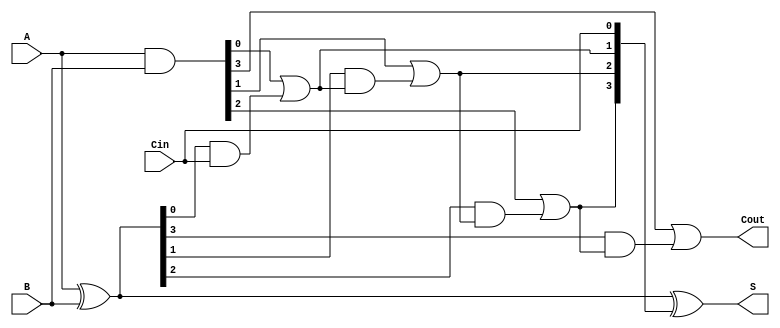
module RCLA #(parameter n = 4) (
    input  [n-1:0] A,    // First input
    input  [n-1:0] B,    // Second input
    input         Cin,    // Carry-in input
    output [n-1:0] S,     // Sum output
    output        Cout     // Carry-out output
);

    wire [n-1:0] P;       // Propagate signals
    wire [n-1:0] G;       // Generate signals
    wire [n:0] C;         // Carry signals

    // Generate Propagate and Generate signals
    assign P = A ^ B;     // P[i] = A[i] XOR B[i]
    assign G = A & B;     // G[i] = A[i] AND B[i]

    // Carry generation using lookahead logic
    assign C[0] = Cin;    // C[0] = Cin
    generate
        genvar i;
        for (i = 0; i < n; i = i + 1) begin : carry_gen
            if (i == 0) begin
                // C[1] = G[0] + (P[0] * C[0])
                assign C[i + 1] = G[i] | (P[i] & C[i]);
            end else begin
                // C[i+1] = G[i] + (P[i] * C[i])
                assign C[i + 1] = G[i] | (P[i] & C[i]);
            end
        end
    endgenerate

    // Sum calculation
    assign S = P ^ C[n-1:0]; // S[i] = P[i] XOR C[i]

    // Final carry-out
    assign Cout = C[n];     // Cout = C[n]

endmodule